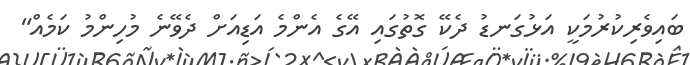
ބައިވެރިކުރުމަކީ އަޅުގަނޑު ދެކޭ ގޮތުގައި އޭގެ އެންމެ އަޑިއަށް ދެވޭނެ މުހިންމު ކަމެއް"